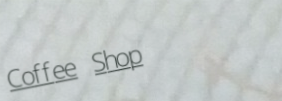
Coffee Shop